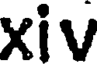
xiv